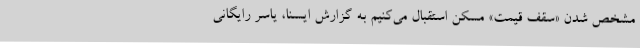
مشخص شدن «سقف قیمت» مسکن استقبال می‌کنیم به گزارش ایسنا، یاسر رایگانی